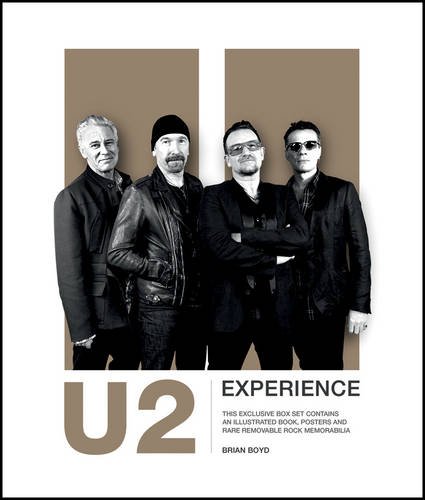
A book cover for U2 Experience; Brian Boyd; Biographies & Memoirs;